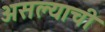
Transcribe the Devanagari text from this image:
असल्‍याची